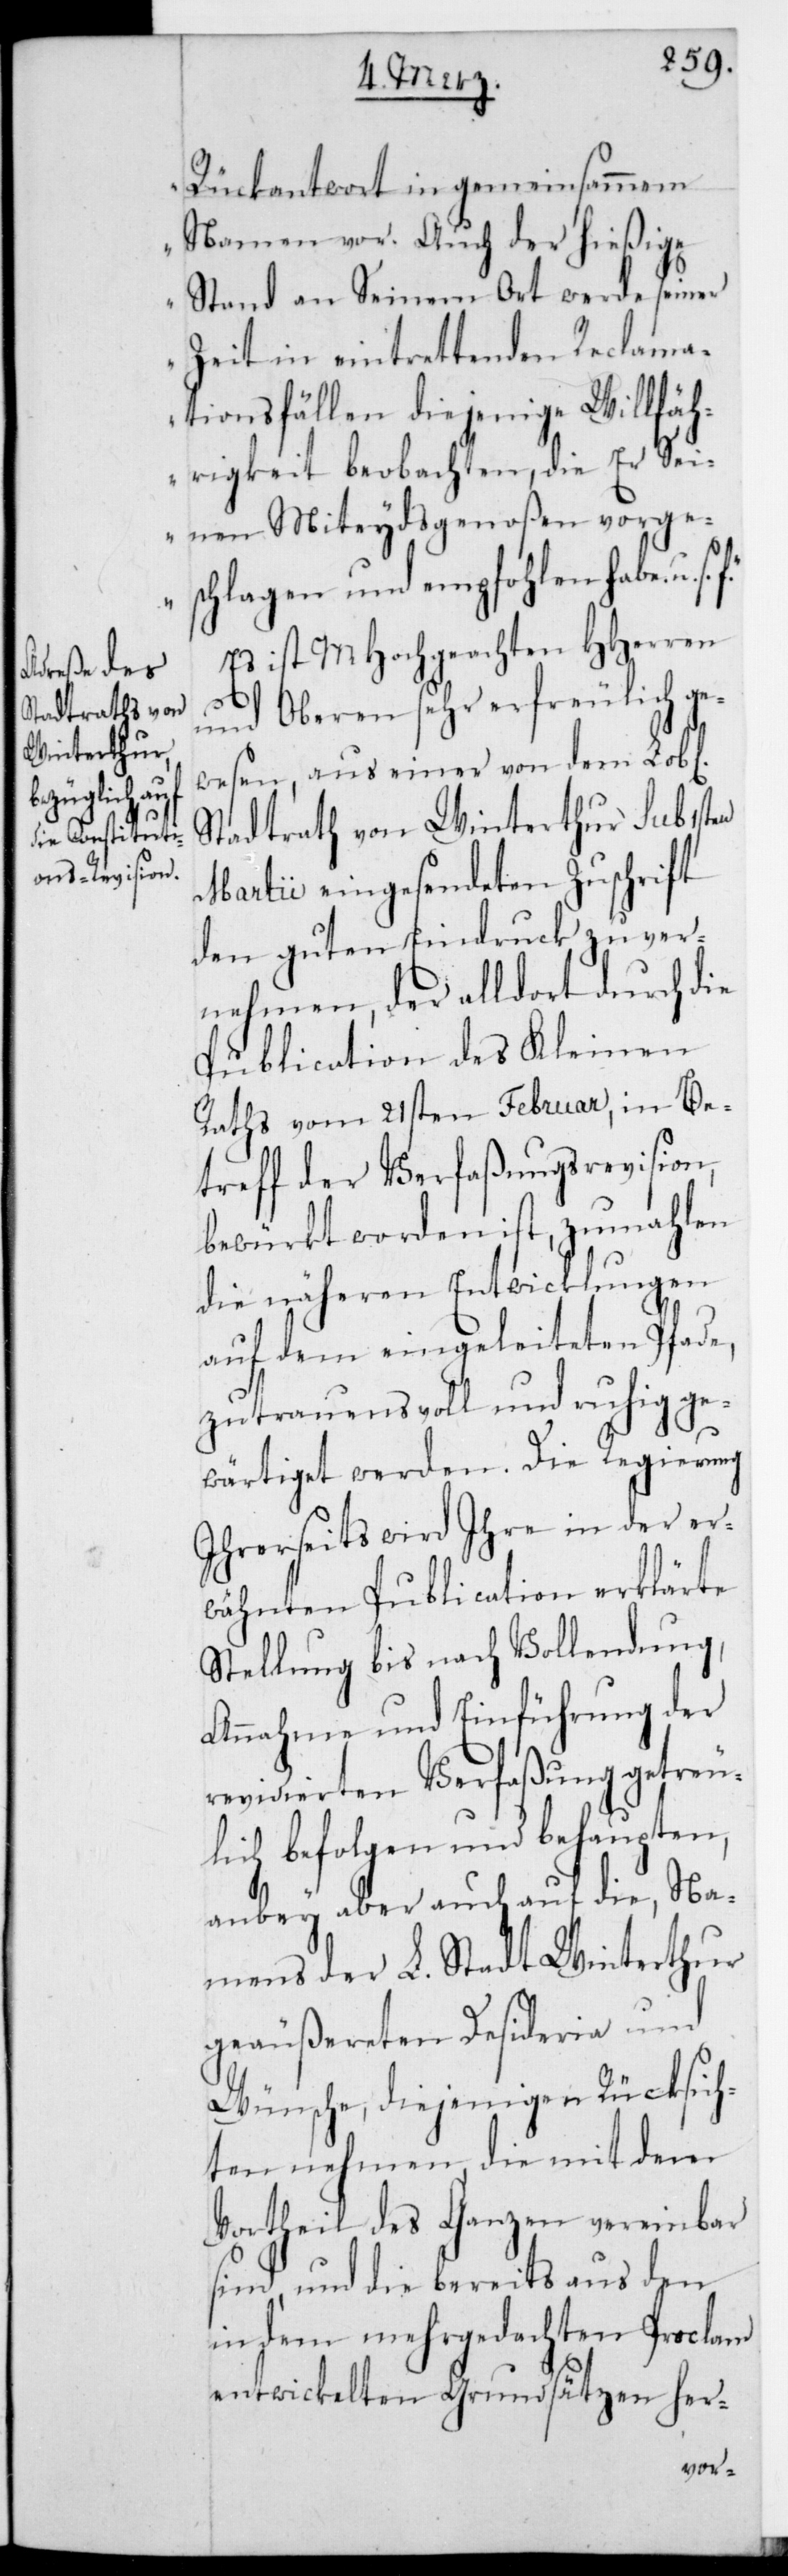
Rückantwort in gemeinsamem
Namen vor. Auch der hießige
Stand an seinem Ort werde seiner
Zeit in eintrettenden Reclama¬
tionsfällen diejenige Willfäh¬
rigkeit beobachten, die er Sei¬
nen Miteidgenoßen vorges¬
chlagen und empfohlen habe, u.
s.
Es ist MHochgeachten HHerren
und Oberen sehr erfreulich ge¬
wesen, aus einer von dem L.
Stadtrath von Winterthur sub 1sten
Martii eingesendeten Zuschrift
den guten Eindruck zu ver¬
nehmen, der alldort durch die
Publication des Kleinen
Raths vom 21sten Februar, in Be¬
treff der Verfaßungsrevision,
bewürkt worden ist, zumahlen
die näheren Entwicklungen
auf dem eingeleiteten Pfade,
zutrauensvoll und ruhig ge¬
wärtiget werden. Die Regierung
Ihrerseits wird Ihre in der er¬
wähnten Publication erklärte
Stellung bis nach Vollendung,
Annahme und Einführung der
revidierten Verfaßung getreu¬
lich befolgen und behaupten,
anbey aber auch auf die, Na¬
mens der L. Stadt Winterthur
geäußereten Desideria und
Wünsche, diejenige in Rücksich¬
ten nehmen, die mit dem
Vortheil des Ganzen vereinbar
sind, und die bereits aus den
in dem mehrgedachten Proclam
entwickelten Grundsätzen her-